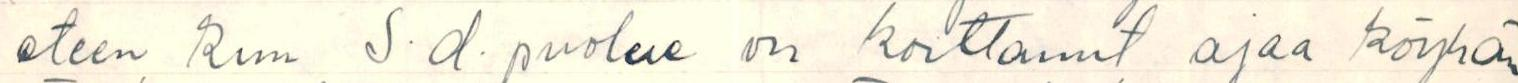
eteen kun S.d.puolue on koittanut ajaa köyhän